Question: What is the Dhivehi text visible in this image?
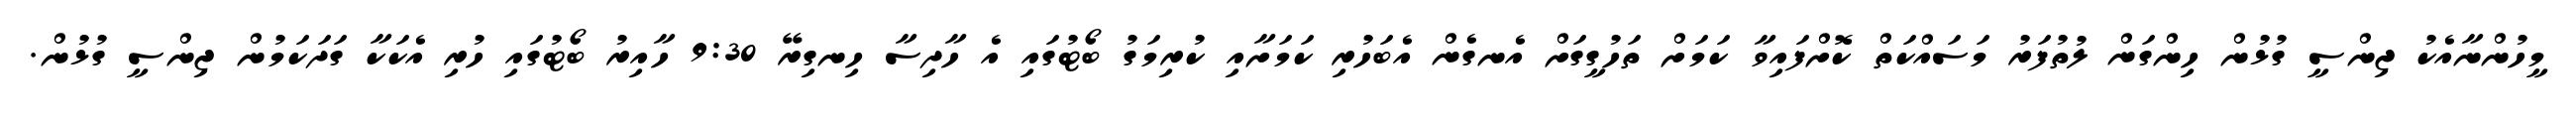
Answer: މީހުންނާއެކު ޖިންސީ ގުޅުން ހިންގަން ލުތުފަރު މަސައްކަތް ކޮށްފައިވާ ކަމަށް ތަހުގީގަށް އެނގެން އެބަހުރި ކަމަށާއި ކުރިމަގު ބޯޓުގައި އެ ހާދިސާ ހިނގިރޭ 9:30 ހާއިރު ބޯޓުގައި ހުރި އެކަކާ ގަދަކަމުން ޖިންސީ ގުޅުން.